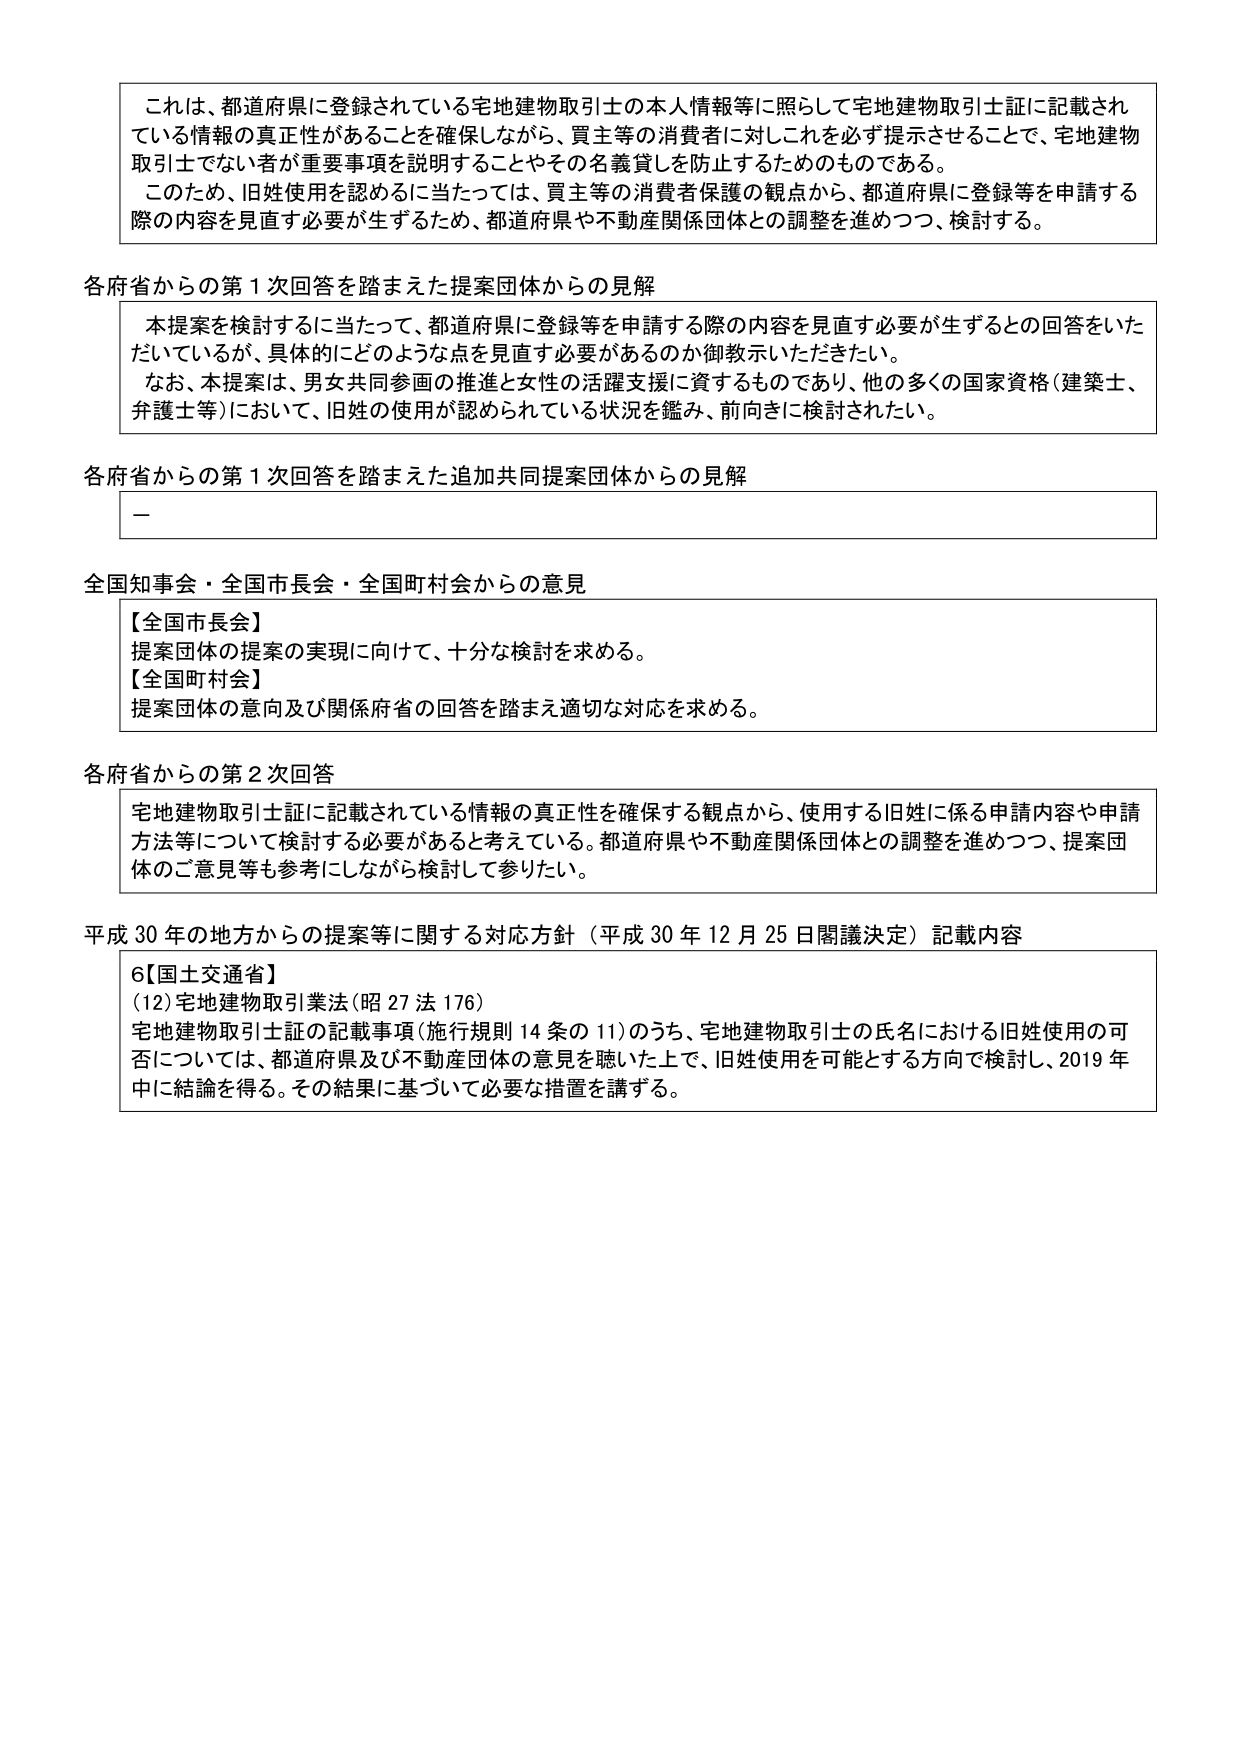
これは、都道府県に登録されている宅地建物取引士の本人情報等に照らして宅地建物取引士証に記載されている情報の真正性があることを確保しながら、買主等の消費者に対しこれを必ず提示させることで、宅地建物取引士でない者が重要事項を説明することやその名義貸しを防止するためのものである。

このため、旧姓使用を認めるに当たっては、買主等の消費者保護の観点から、都道府県に登録等を申請する際の内容を見直す必要が生ずるため、都道府県や不動産関係団体との調整を進めつつ、検討する。

各府省からの第１次回答を踏まえた提案団体からの見解

本提案を検討するに当たって、都道府県に登録等を申請する際の内容を見直す必要が生ずるとの回答をいただいているが、具体的にどのような点を見直す必要があるのか御教示いただきたい。

なお、本提案は、男女共同参画の推進と女性の活躍支援に資するものであり、他の多くの国家資格（建築士、弁護士等）において、旧姓の使用が認められている状況を鑑み、前向きに検討されたい。

各府省からの第１次回答を踏まえた追加共同提案団体からの見解

—

全国知事会・全国市長会・全国町村会からの意見

【全国市長会】
提案団体の提案の実現に向けて、十分な検討を求める。

【全国町村会】
提案団体の意向及び関係府省の回答を踏まえ適切な対応を求める。

各府省からの第２次回答

宅地建物取引士証に記載されている情報の真正性を確保する観点から、使用する旧姓に係る申請内容や申請方法等について検討する必要があると考えている。都道府県や不動産関係団体との調整を進めつつ、提案団体のご意見等も参考にしながら検討して参りたい。

平成30年の地方からの提案等に関する対応方針（平成30年12月25日閣議決定）記載内容

6【国土交通省】
(12)宅地建物取引業法（昭27法176）
宅地建物取引士証の記載事項（施行規則14条の11）のうち、宅地建物取引士の氏名における旧姓使用の可否については、都道府県及び不動産団体の意見を聴いた上で、旧姓使用を可能とする方向で検討し、2019年中に結論を得る。その結果に基づいて必要な措置を講ずる。